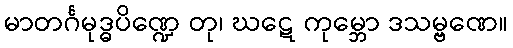
မာတင်္ဂမုဒ္ဓပိဏ္ဍေ တု၊ ဃဋေ ကုမ္ဘော ဒသမ္ဗဏေ။